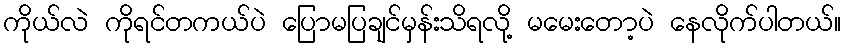
ကိုယ်လဲ ကိုရင်တကယ်ပဲ ပြောမပြချင်မှန်းသိရလို့ မမေးတော့ပဲ နေလိုက်ပါတယ်။